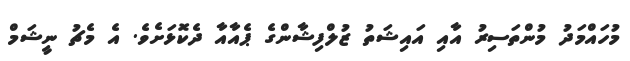
މުހައްމަދު މުންތަސިރު އާއި އައިޝަތު ޒުލްފިޝާންގެ ޕެއާއާ ދެކޮޅަށެވެ. އެ މެޗު ނީޝަމް